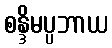
စန္ဒိမပ္ပဘာယ